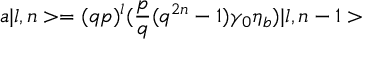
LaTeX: a \vert l , n > = ( q p ) ^ { l } ( { \frac { p } { q } } ( q ^ { 2 n } - 1 ) \gamma _ { 0 } \eta _ { b } ) \vert l , n - 1 >